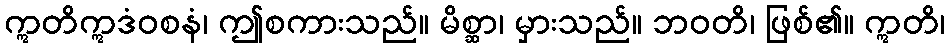
ဣတိဣဒံဝစနံ၊ ဤစကားသည်။ မိစ္ဆာ၊ မှားသည်။ ဘဝတိ၊ ဖြစ်၏။ ဣတိ၊